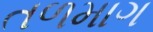
તળમાગ